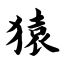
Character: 猿